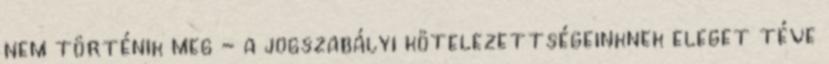
nem történik meg - a jogszabályi kötelezettségeinknek eleget téve